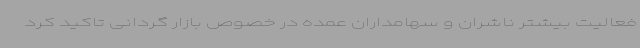
فعالیت بیشتر ناشران و سهامداران عمده در خصوص بازار گردانی تاکید کرد